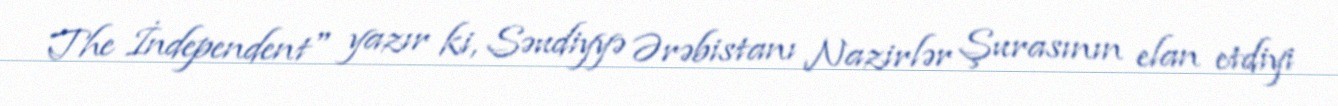
The İndependent" yazır ki, Səudiyyə Ərəbistanı Nazirlər Şurasının elan etdiyi